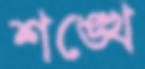
শঙ্খে